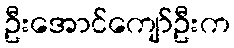
ဦးအောင်ကျော်ဦးက